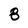
Character: 8